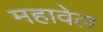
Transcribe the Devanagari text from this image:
महावेल